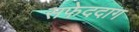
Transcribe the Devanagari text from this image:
सफेददाग